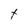
Character: t